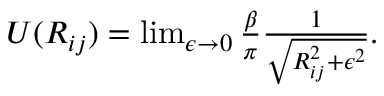
\begin{array} { r } { U ( R _ { i j } ) = \operatorname* { l i m } _ { \epsilon \rightarrow 0 } \frac { \beta } { \pi } \frac { 1 } { \sqrt { R _ { i j } ^ { 2 } + \epsilon ^ { 2 } } } . } \end{array}